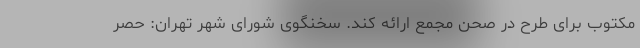
مکتوب برای طرح در صحن مجمع ارائه کند. سخنگوی شورای شهر تهران: حصر